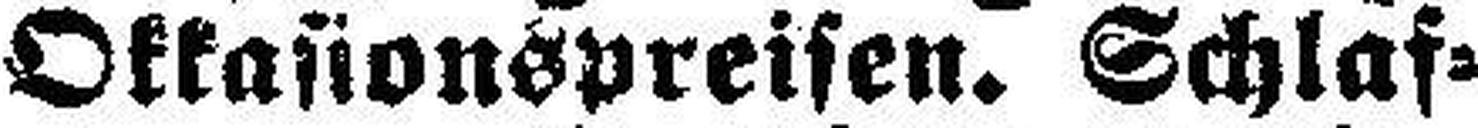
Okkasionspreisen. Schlaf¬